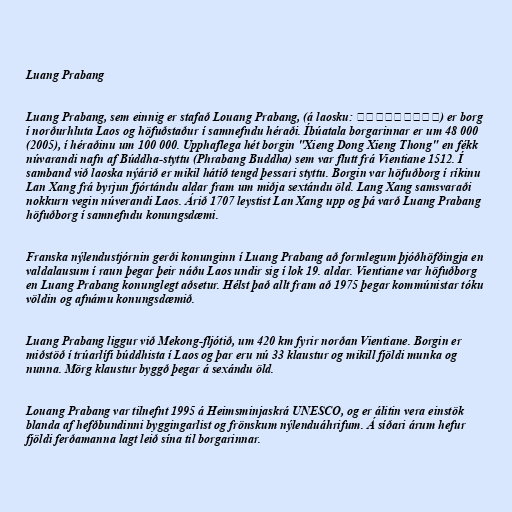
Luang Prabang

Luang Prabang, sem einnig er stafað Louang Prabang, (á laosku: ຫລວງພະບາງ) er borg
í norðurhluta Laos og höfuðstaður í samnefndu héraði. Íbúatala borgarinnar er um 48 000
(2005), í héraðinu um 100 000. Upphaflega hét borgin "Xieng Dong Xieng Thong" en fékk
núvarandi nafn af Búddha-styttu (Phrabang Buddha) sem var flutt frá Vientiane 1512. Í
samband við laoska nýárið er mikil hátíð tengd þessari styttu. Borgin var höfuðborg í ríkinu
Lan Xang frá byrjun fjórtándu aldar fram um miðja sextándu öld. Lang Xang samsvaraði
nokkurn vegin núverandi Laos. Árið 1707 leystist Lan Xang upp og þá varð Luang Prabang
höfuðborg í samnefndu konungsdæmi.

Franska nýlendustjórnin gerði konunginn í Luang Prabang að formlegum þjóðhöfðingja en
valdalausum í raun þegar þeir náðu Laos undir sig í lok 19. aldar. Vientiane var höfuðborg
en Luang Prabang konunglegt aðsetur. Hélst það allt fram að 1975 þegar kommúnistar tóku
völdin og afnámu konungsdæmið.

Luang Prabang liggur við Mekong-fljótið, um 420 km fyrir norðan Vientiane. Borgin er
miðstöð í trúarlífi búddhista í Laos og þar eru nú 33 klaustur og mikill fjöldi munka og
nunna. Mörg klaustur byggð þegar á sexándu öld.

Louang Prabang var tilnefnt 1995 á Heimsminjaskrá UNESCO, og er álitin vera einstök
blanda af hefðbundinni byggingarlist og frönskum nýlenduáhrifum. Á síðari árum hefur
fjöldi ferðamanna lagt leið sína til borgarinnar.